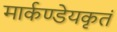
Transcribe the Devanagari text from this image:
मार्कण्डेयकृतं